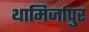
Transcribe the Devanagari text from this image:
थामिर्जापुर